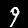
Label: 9